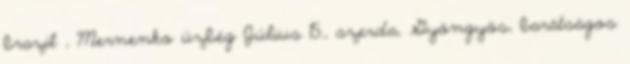
brazil , Mernenko üzbég Július 15., szerda, Gyöngyös, barátságos